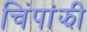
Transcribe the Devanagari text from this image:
चिंपांझी